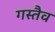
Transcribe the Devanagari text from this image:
गस्तैव